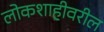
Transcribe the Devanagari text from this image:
लोकशाहीवरील